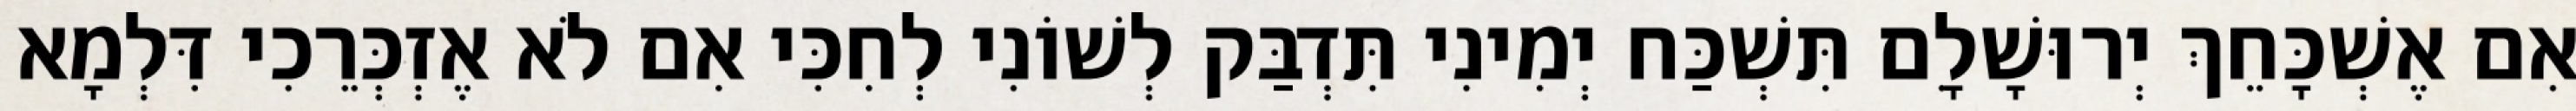
אִם אֶשְׁכָּחֵךְ יְרוּשָׁלִָם תִּשְׁכַּח יְמִינִי תִּדְבַּק לְשׁוֹנִי לְחִכִּי אִם לֹא אֶזְכְּרֵכִי דִּלְמָא